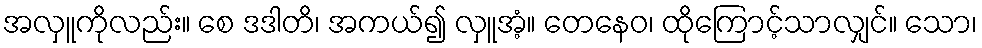
အလှူကိုလည်း။ စေ ဒဒါတိ၊ အကယ်၍ လှူအံ့။ တေနေဝ၊ ထိုကြောင့်သာလျှင်။ သော၊